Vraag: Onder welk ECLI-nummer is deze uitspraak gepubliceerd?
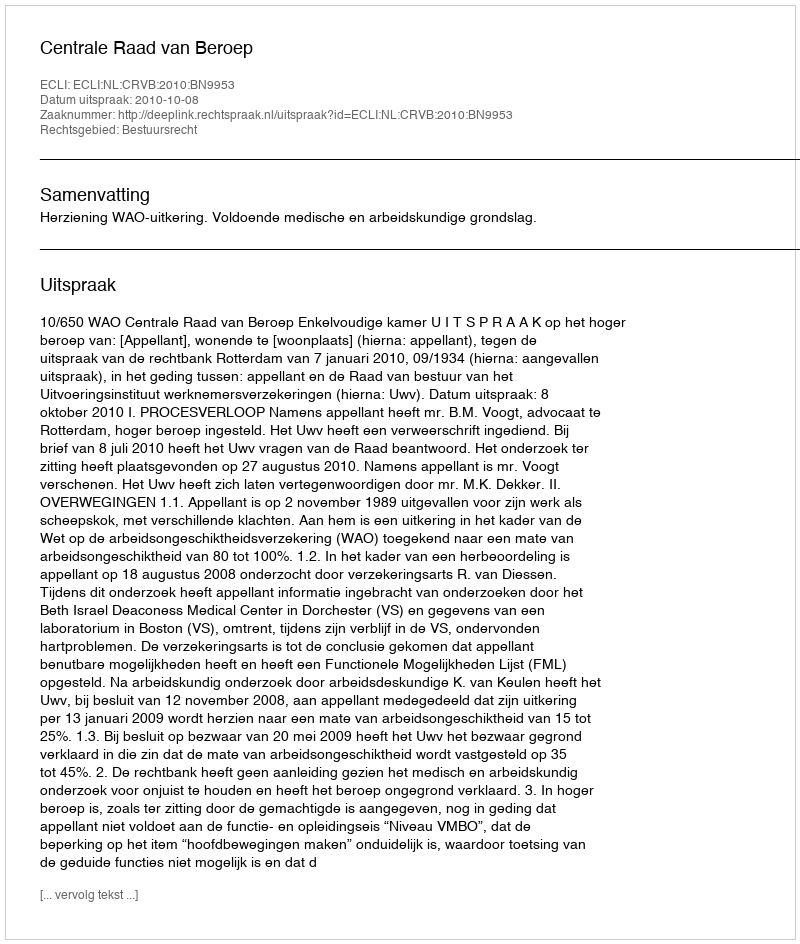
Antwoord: ECLI:NL:CRVB:2010:BN9953